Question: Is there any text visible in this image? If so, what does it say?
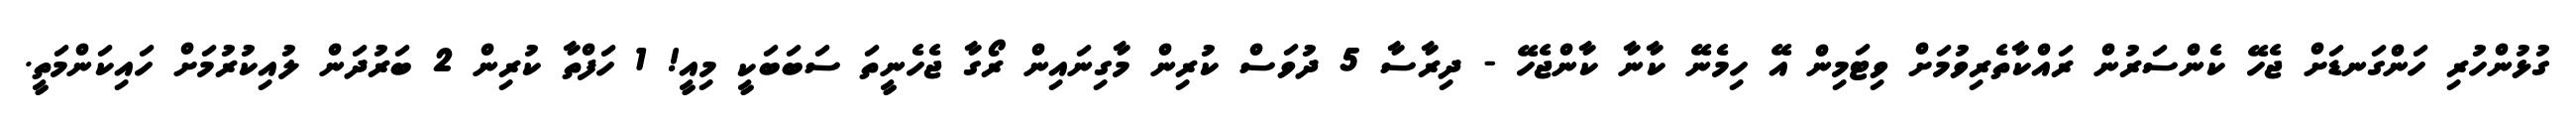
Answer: ގުޅުންހުރި ހަންގަނޑަށް ޖެހޭ ކެންސަރުން ރައްކާތެރިވުމަށް ވިޓަމިން އޭ ހިމެނޭ ކާނާ ކާންޖެހޭ - ދިރާސާ 5 ދުވަސް ކުރިން މާގިނައިން ރޯގާ ޖެހެނީތަ ސަބަބަކީ މިއީ! 1 ހަފްތާ ކުރިން 2 ބަރުދަން ލުއިކުރުމަށް ހައިކަންމަތީ.